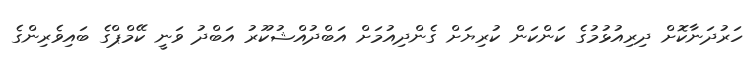
ހަރުދަނާކޮށް ދިރިއުޅުމުގެ ކަންކަން ކުރިޔަށް ގެންދިއުމަށް އަބްދުއްޝުކޫރު އަބްދު ވަނީ ކޭމްޕްގެ ބައިވެރިންގެ